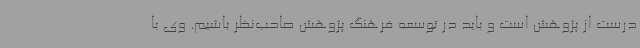
درست از پژوهش است و باید در توسعه فرهنگ پژوهش صاحب‌نظر باشیم. وی با